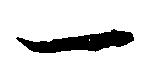
一